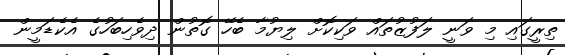
ތިރީގައި މި ވަނީ ލަފުޒުތައް ވަކިކޮށް ލިޔުމާ ބެހޭ ގޮތުން ދިވެހިބަހުގެ އެކެޑަމީން